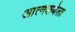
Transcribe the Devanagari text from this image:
आत्मकथेला